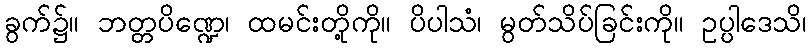
ခွက်၌။ ဘတ္တပိဏ္ဍေ၊ ထမင်းတို့ကို။ ပိပါသံ၊ မွတ်သိပ်ခြင်းကို။ ဥပ္ပါဒေသိ၊